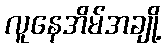
လူနေအိမ်အချို့